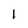
Character: l